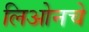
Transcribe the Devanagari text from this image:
लिओनचे